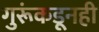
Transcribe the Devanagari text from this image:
गुरूंकडूनही